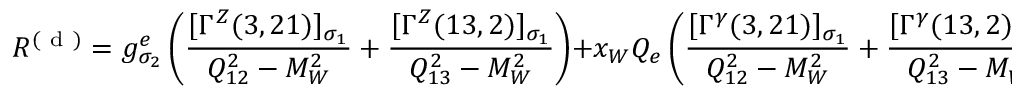
{ \cal R } ^ { ( \mathrm { ~ d ~ } ) } = g _ { \sigma _ { 2 } } ^ { e } \left( \frac { [ \Gamma ^ { Z } ( 3 , 2 1 ) ] _ { \sigma _ { 1 } } } { Q _ { 1 2 } ^ { 2 } - M _ { W } ^ { 2 } } + \frac { [ \Gamma ^ { Z } ( 1 3 , 2 ) ] _ { \sigma _ { 1 } } } { Q _ { 1 3 } ^ { 2 } - M _ { W } ^ { 2 } } \right) + x _ { W } Q _ { e } \left( \frac { [ \Gamma ^ { \gamma } ( 3 , 2 1 ) ] _ { \sigma _ { 1 } } } { Q _ { 1 2 } ^ { 2 } - M _ { W } ^ { 2 } } + \frac { [ \Gamma ^ { \gamma } ( 1 3 , 2 ) ] _ { \sigma _ { 1 } } } { Q _ { 1 3 } ^ { 2 } - M _ { W } ^ { 2 } } \right) \; .